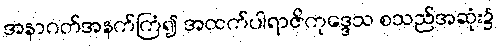
အနာဂတ်အနက်ကြံ၍ အထက်ပါရာဇိကုဒ္ဒေသ စသည်အဆုံး၌